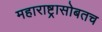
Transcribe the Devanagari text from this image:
महाराष्ट्रासोबतच